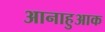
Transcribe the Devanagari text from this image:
आनाहुआक